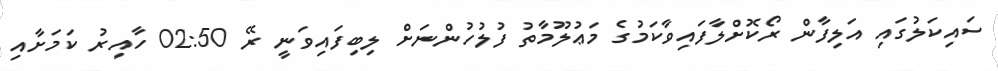
ސައިކަލުގައި އަލިފާން ރޯކޮށްލާފައިވާކަމުގެ މަޢުލޫމާތު ފުލުހުންނަށް ލިބިފައިވަނީ ރޭ 02:50 ހާއިރު ކަމަށާއި